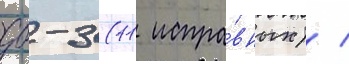
дб-3 (11 испра́вных) /